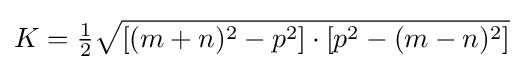
K={\tfrac {1}{2}}{\sqrt {[(m+n)^{2}-p^{2}]\cdot [p^{2}-(m-n)^{2}]}}